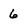
Character: 6